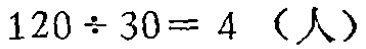
\(120\div30 = 4\)（人）